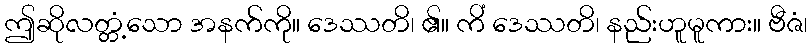
ဤဆိုလတ္တံ့သော အနက်ကို။ ဒေဿတိ၊ ၏။ ကိံ ဒေဿတိ၊ နည်းဟူမူကား။ ဗီဇံ၊